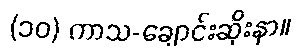
(၁၀) ကာသ-ချောင်းဆိုးနာ။